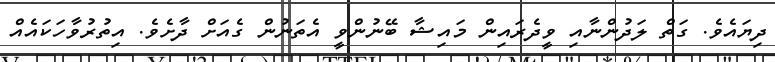
ދިޔައެވެ. ގަތް ލަދުންނާއި ވީދެރައިން މައިޝާ ބޭނުންވީ އެތަނުން ގެއަށް ދާށެވެ. އިތުރުވާހަކައެއް